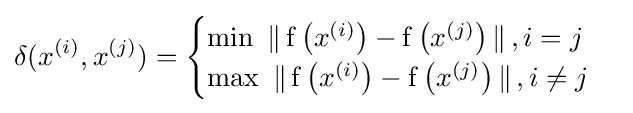
{\begin{aligned}\delta (x^{(i)},x^{(j)})={\begin{cases}\min \ \|\operatorname {f} \left(x^{(i)}\right)-\operatorname {f} \left(x^{(j)}\right)\|\,,i=j\\\max \ \|\operatorname {f} \left(x^{(i)}\right)-\operatorname {f} \left(x^{(j)}\right)\|\,,i\neq j\end{cases}}\end{aligned}}